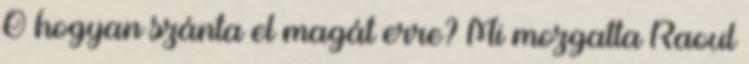
Ő hogyan szánta el magát erre? Mi mozgatta Raoul